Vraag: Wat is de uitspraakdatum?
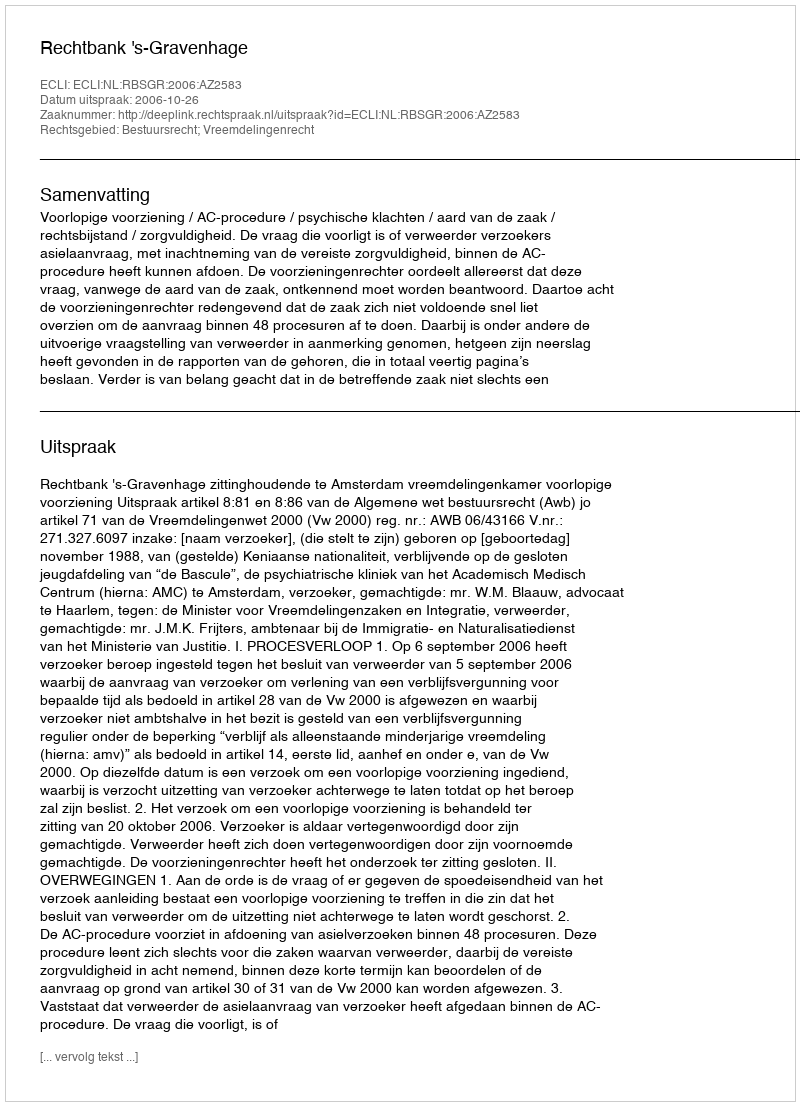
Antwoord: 2006-10-26